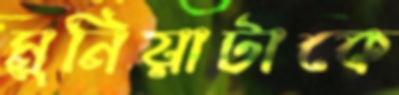
মুনিয়াটাকে